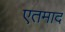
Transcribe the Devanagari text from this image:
एतमाद